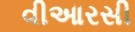
વીઆરસી